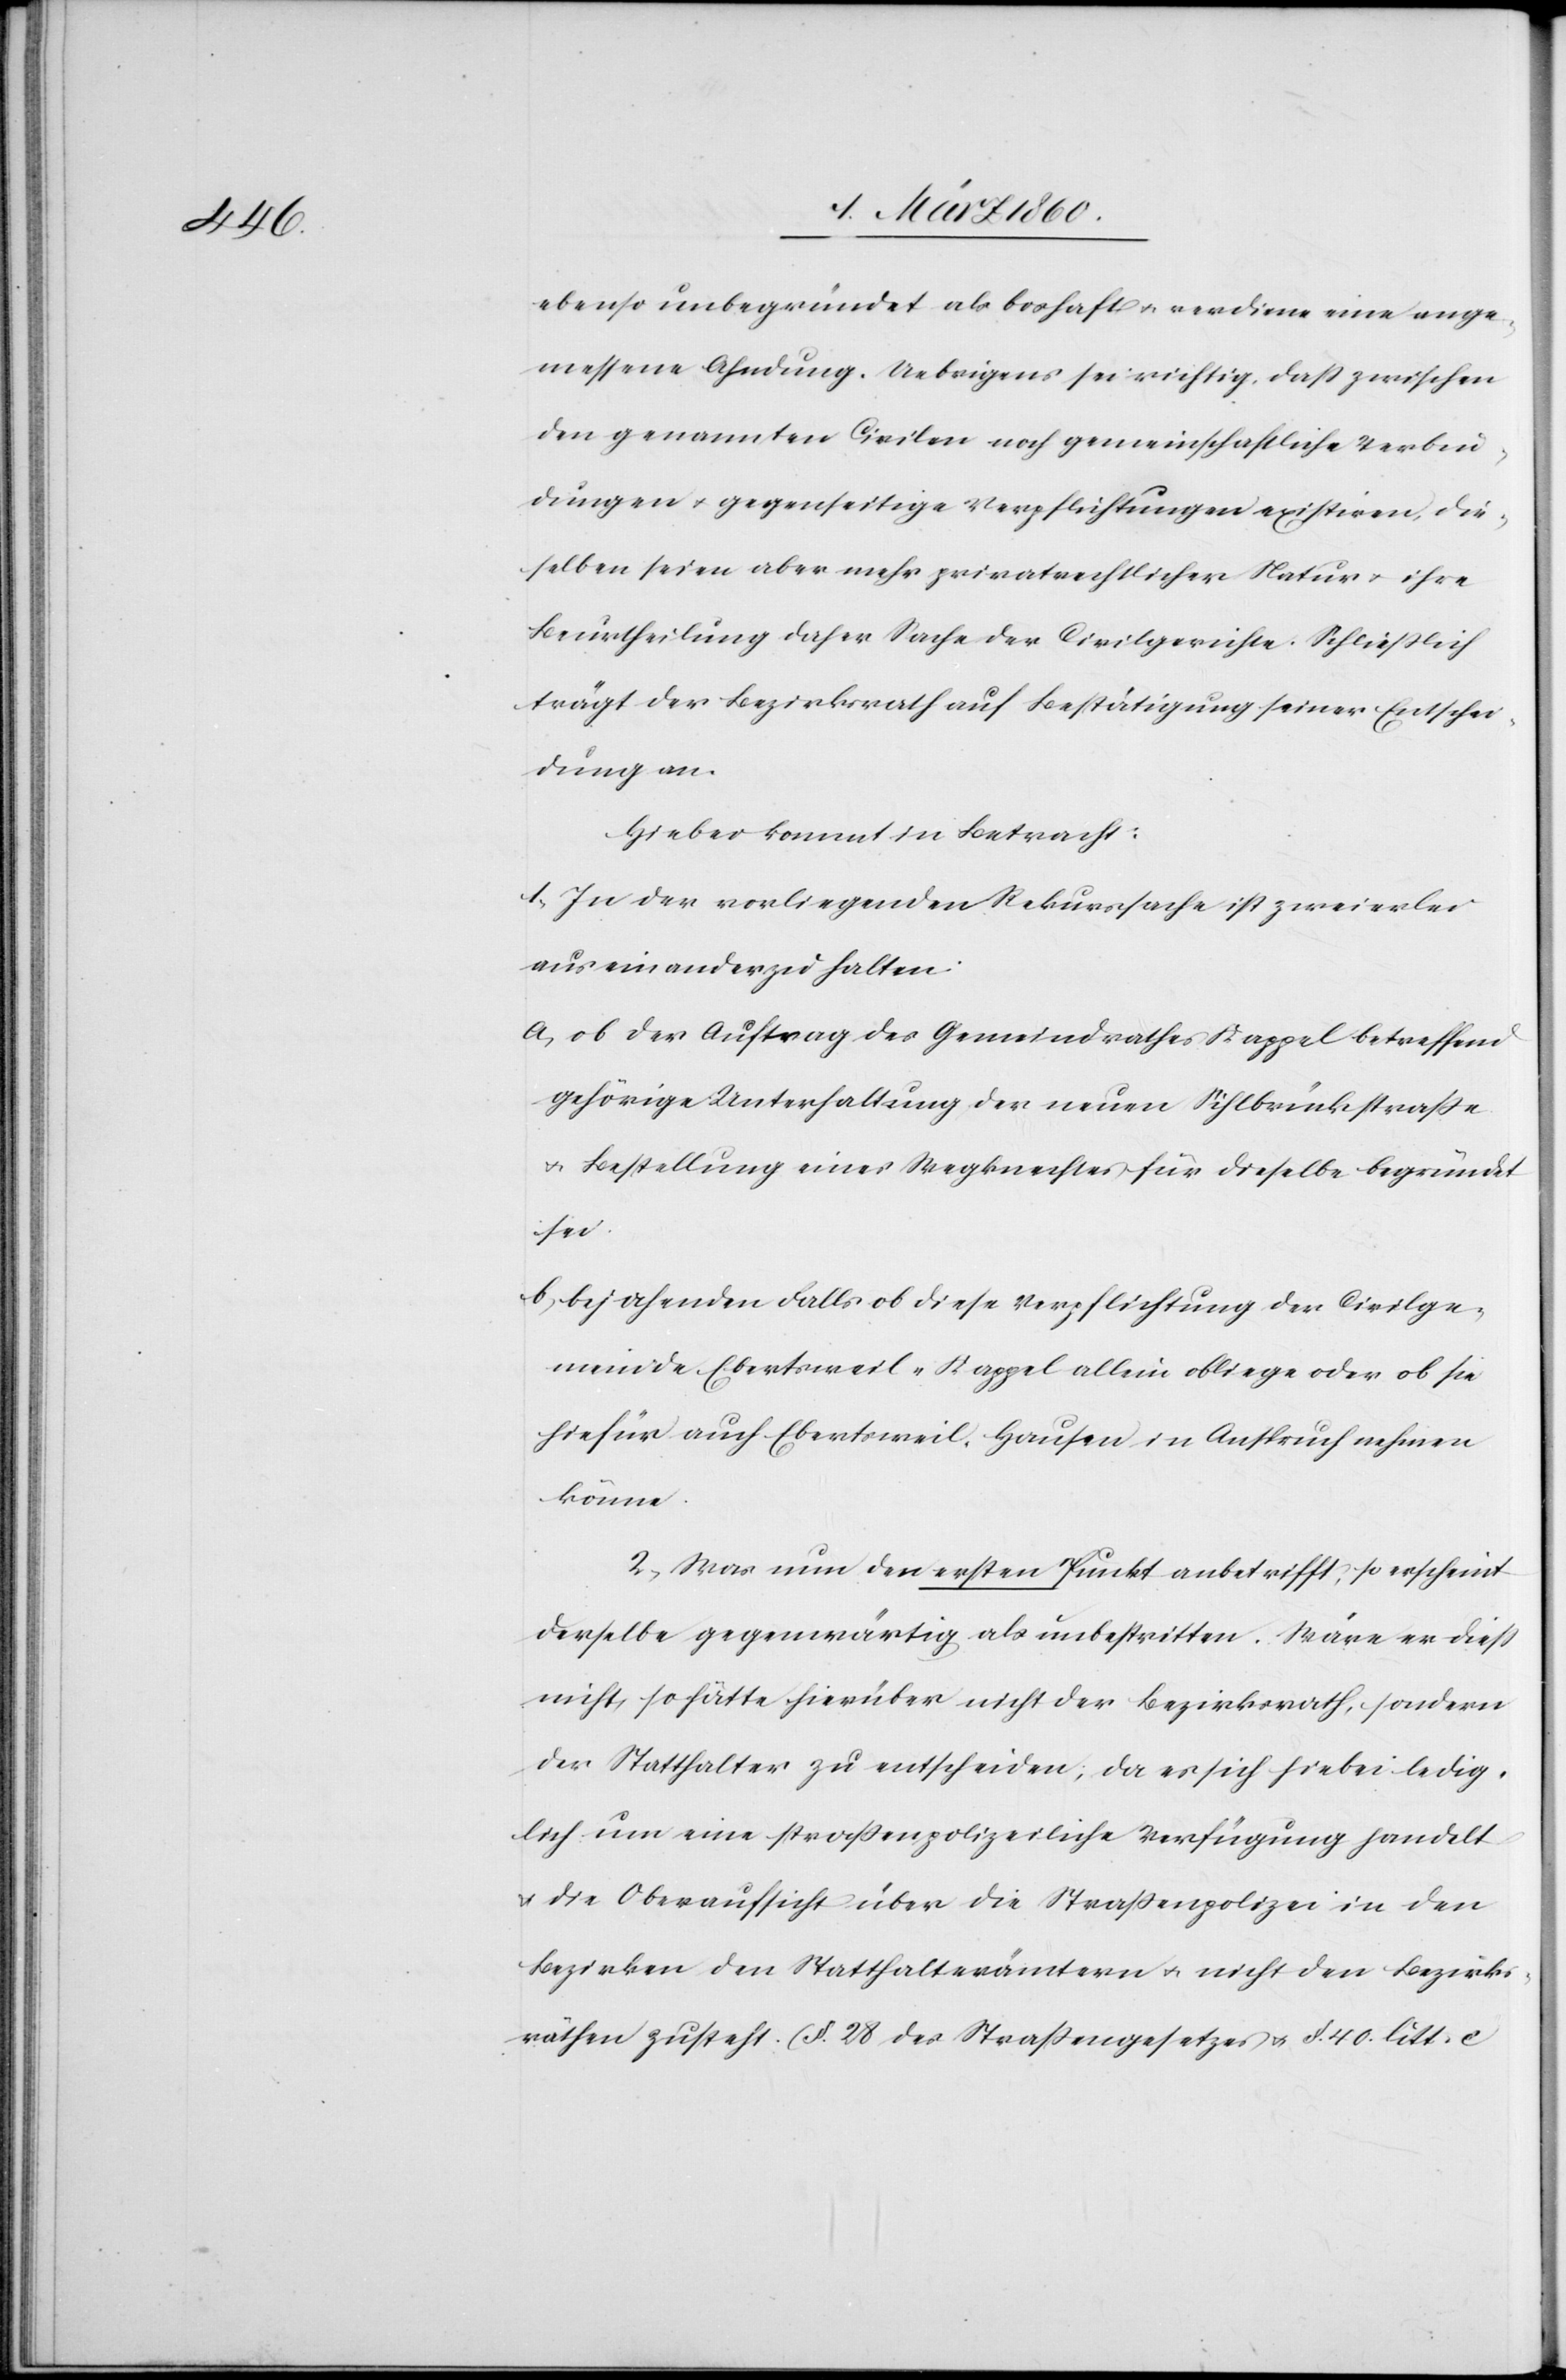
ebenso unbegründet als boshaft u. verdiene eine ange¬
messene Ahndung. Uebrigens sei richtig, dass zwischen
den genannten Civilen noch gemeinschaftliche Verbin¬
dungen u. gegenseitige Verpflichtungen existiren, die¬
selben seien aber mehr privatrechtlicher Natur u. ihre
Beurtheilung daher Sache der Civilgerichte. Schliesslich
trägt der Bezirksrath auf Bestätigung seines Entscheides
Hiebei kommt in Betracht.
1. In der vorliegenden Rekurssache ist zweierlei
aus einander zu halten:
a. ob der Auftrag des Gemeindrathes Kappel betreffend
gehörige Unterhaltung der neuen Silhbrückstrasse
u. Bestellung eines Wegknechtes für dieselbe begründet
sei.
b. bejahenden Falls ob diese Verpflichtung der Civilge¬
meinde Ebertsweil-Kappel allein obliege oder ob sie
hiefür auch Ebertweil-Hausen in Anspruch nehmen
könne.
2. Was nun den ersten Punkt anbetrifft, so erscheint
derselbe gegenwärtig als unbestritten. Wäre er diess
nicht, so hätte hierüber nicht der Bezirksrath, sondern
der Statthalter zu entscheiden, da es sich hiebei ledig¬
lich um eine strassenpolizeiliche Verfügung handelt
u. die Oberaufsicht über die Strassenpolizei in den
Bezirken den Statthalterämtern u. nicht den Bezirks¬
räthen zusteht. (§. 28 des Strassengesetzes u. §. 40 litt. c.